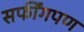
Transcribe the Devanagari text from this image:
सर्फींगपण